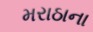
મરાઠાના